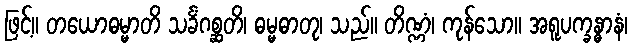
ဖြင့်။ တယောဓမ္မာတိ သင်္ခံဂစ္ဆတိ၊ ဓမ္မဓာတု၊ သည်။ တိဏ္ဏံ၊ ကုန်သော။ အရူပက္ခန္ဓာနံ၊